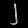
Digit: ၂